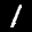
Label: 1